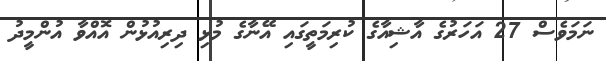
ނަމަވެސް 27 އަހަރުގެ އާޝިއާގެ ކުރިމަތީގައި އޭނާގެ މުޅި ދިރިއުޅުން އޮއްވާ އުންމީދު